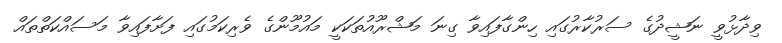
ވިދާޅުވީ ނަޝީދުގެ ސަރުކާރުގައި ހިންގާފައިވާ ގިނަ މަޝްރޫއުތަކަކީ މައުމޫންގެ ވެރިކަމުގައި ފަށާފައިވާ މަސައްކަތްތައް